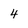
Character: 4